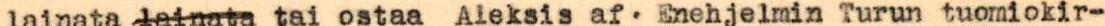
lainata lainata tai ostaa Aleksis af. Enehjelmin Turun tuomiokir-